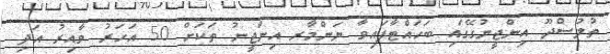
ތުލުސްދޫ އިންޖީނުގޭގައި ބަހައްޓާފައިވާ ޔަންމާރ އިންޖީނު ތަކަށް 50 އަހަރު ވާއިރު އަދި